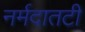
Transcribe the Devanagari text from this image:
नर्मदातटी